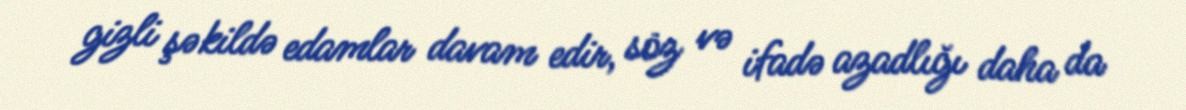
gizli şəkildə edamlar davam edir, söz və ifadə azadlığı daha da